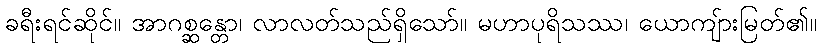
ခရီးရင်ဆိုင်။ အာဂစ္ဆန္တော၊ လာလတ်သည်ရှိသော်။ မဟာပုရိသဿ၊ ယောကျ်ားမြတ်၏။